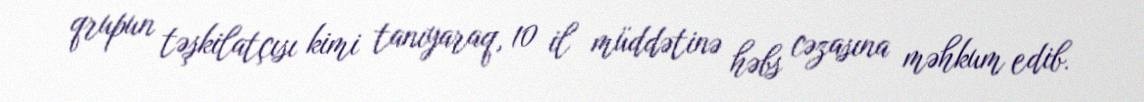
qrupun təşkilatçısı kimi tanıyaraq, 10 il müddətinə həbs cəzasına məhkum edib.